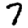
Digit: 7